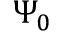
\Psi _ { 0 }